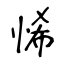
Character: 悕